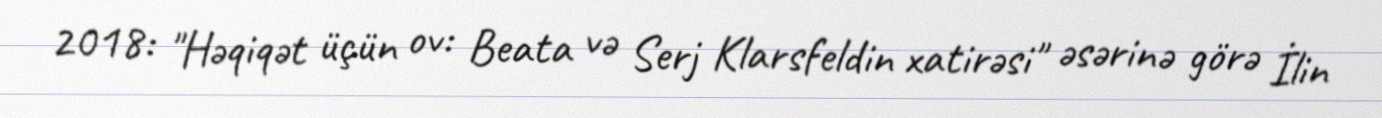
2018: "Həqiqət üçün ov: Beata və Serj Klarsfeldin xatirəsi" əsərinə görə İlin